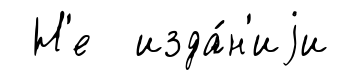
Н'е изда́н'иjи